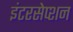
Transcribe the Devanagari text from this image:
इंटरसेप्शन